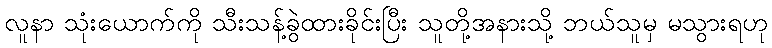
လူနာ သုံးယောက်ကို သီးသန့်ခွဲထားခိုင်းပြီး သူတို့အနားသို့ ဘယ်သူမှ မသွားရဟု